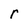
Character: r